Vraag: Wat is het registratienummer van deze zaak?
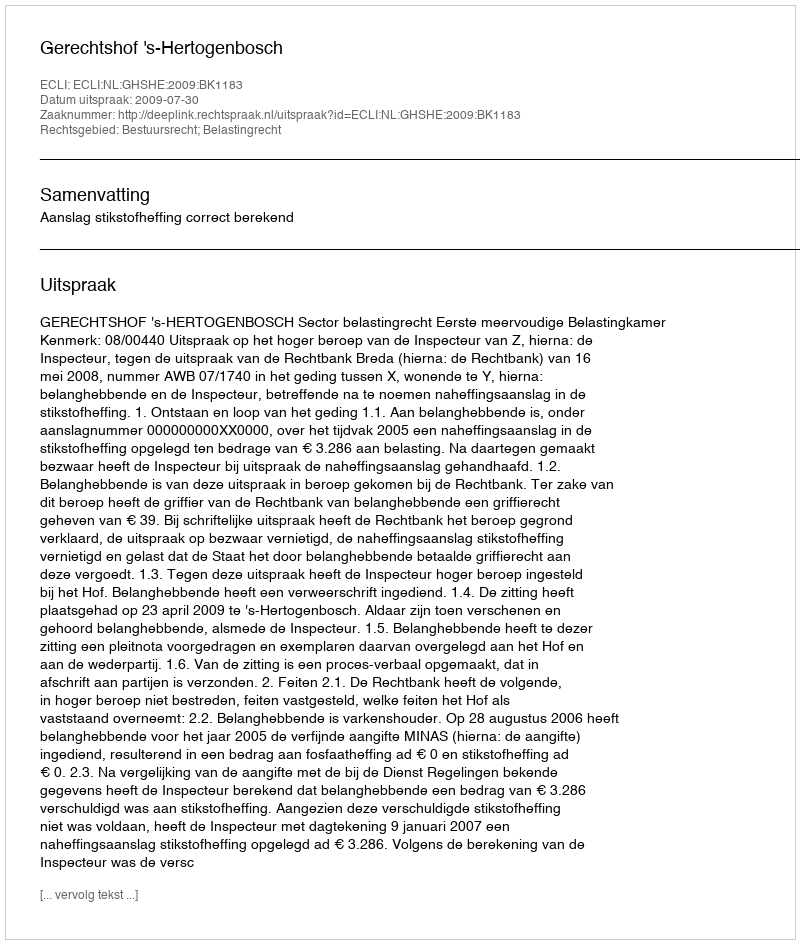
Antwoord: http://deeplink.rechtspraak.nl/uitspraak?id=ECLI:NL:GHSHE:2009:BK1183